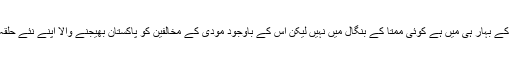
ویسے بیگو سرائے بھی نتیش کمار کے بہار ہی میں ہے کوئی ممتا کے بنگال میں نہیں لیکن اس کے باوجود مودی کے مخالفین کو پاکستان بھیجنے والا اپنے نئے حلقۂ انتخاب میں جانے سے ڈر رہا ہے۔